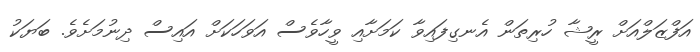
އަފްޒަލްއަށް ރީޝާ ހުރިތަން އެނގިފައިވާ ކަމަށާއި ވީހާވެސް އަވަހަކަށް އައިސް ދިނުމަށެވެ. ބަޔަކު